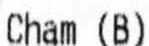
CHAM (B)